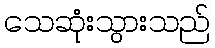
သေဆုံးသွားသည်